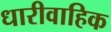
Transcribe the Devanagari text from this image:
धारीवाहिक